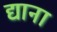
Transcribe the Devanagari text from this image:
द्याना